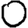
Digit: 0